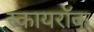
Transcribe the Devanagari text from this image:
स्कायरॉक